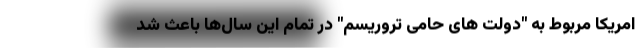
امریکا مربوط به "دولت های حامی تروریسم" در تمام این سال‌ها باعث شد